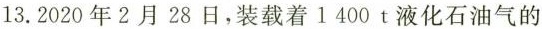
13. 2020年2月28日，装载着1 400t液化石油气的